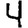
Digit: 4